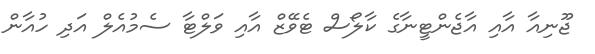
ޖޫނިއާ އާއި އާޖެންޓީނާގެ ކާލޯސް ޓެވޭޒް އާއި ވަލްޓާ ސެމުއެލް އަދި ހުއާން